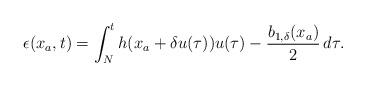
LaTeX: \begin{align*}\epsilon(x_a,t)=\int_N^t h(x_a+\delta u(\tau))u(\tau)-\dfrac{b_{1,\delta}(x_a)}{2} \,d\tau .\end{align*}